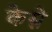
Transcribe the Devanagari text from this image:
केम्ने